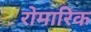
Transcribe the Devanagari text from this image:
रोमारिक